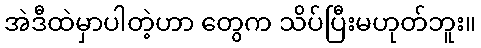
အဲဒီထဲမှာပါတဲ့ဟာ တွေက သိပ်ပြီးမဟုတ်ဘူး။